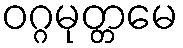
ဝဂ္ဂမုတ္တမေ